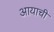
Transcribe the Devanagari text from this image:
आयाची